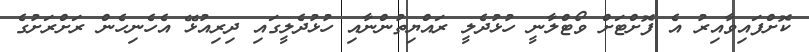
ކޮށްފައިވާއިރު އެ ފޮށްޓަށް ވޯޓްލާނީ ހުޅުދެލީ ރައްޔިތުންނާއި ހުޅުދެލީގައި ދިރިއުޅޭ އެހެނިހެން ރަށްރަށުގެ